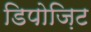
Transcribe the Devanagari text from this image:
डिपोज़िट